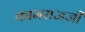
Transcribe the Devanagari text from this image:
कामराजजी